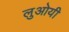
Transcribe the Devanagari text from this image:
लुओयी